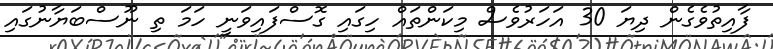
ފާއިތުވެގެން ދިޔަ 30 އަހަރުވެސް މިކަންތައް ހިގައި ގޮސްފައިވަނީ ހަަމަ ތި ނޫސްބަޔާނުގައި